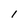
Character: 1